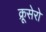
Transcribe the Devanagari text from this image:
क्रूसेरो